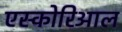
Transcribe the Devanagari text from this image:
एस्कोरिआल